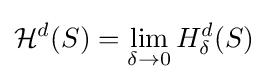
{\mathcal {H}}^{d}(S)=\lim _{\delta \to 0}H_{\delta }^{d}(S)